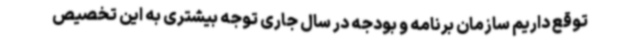
توقع داریم سازمان برنامه و بودجه در سال جاری توجه بیشتری به این تخصیص